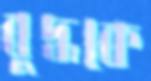
বুদ্ধকে